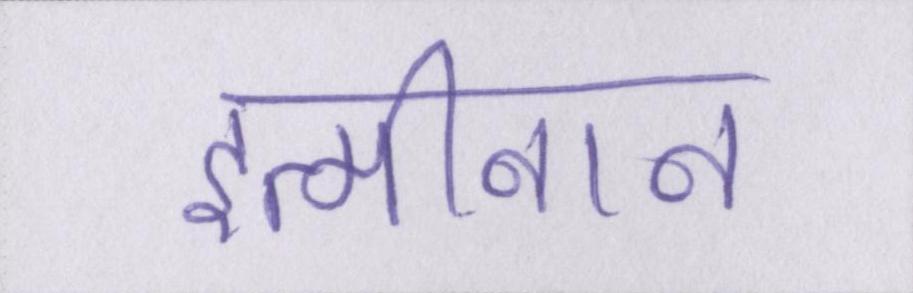
इत्मीनान